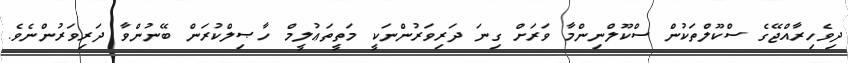
ދިވެހިރާއްޖޭގެ ސްކޫލްތަކުން ސްކޫލްނިންމާ ވަރަށް ގިނަ ދަރިވަރުންނަކީ މަތީތަޢުލީމް ހާޞިލްކުރަން ބޭނުންވާ ދަރިވަރުންނެވެ.